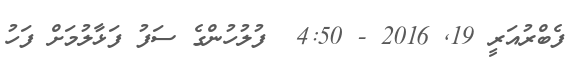
ފެބްރުއަރީ 19